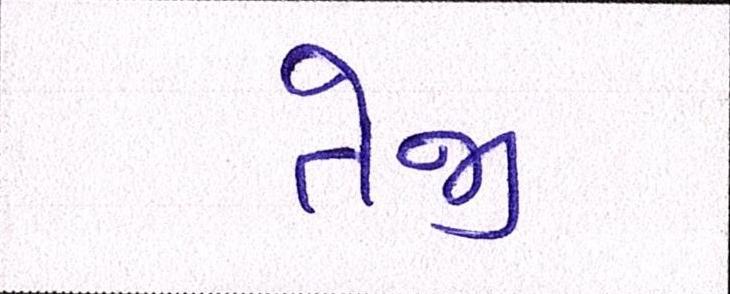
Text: તેજી